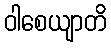
ဝါစေယျာတိ